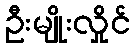
ဦးမျိုးလှိုင်